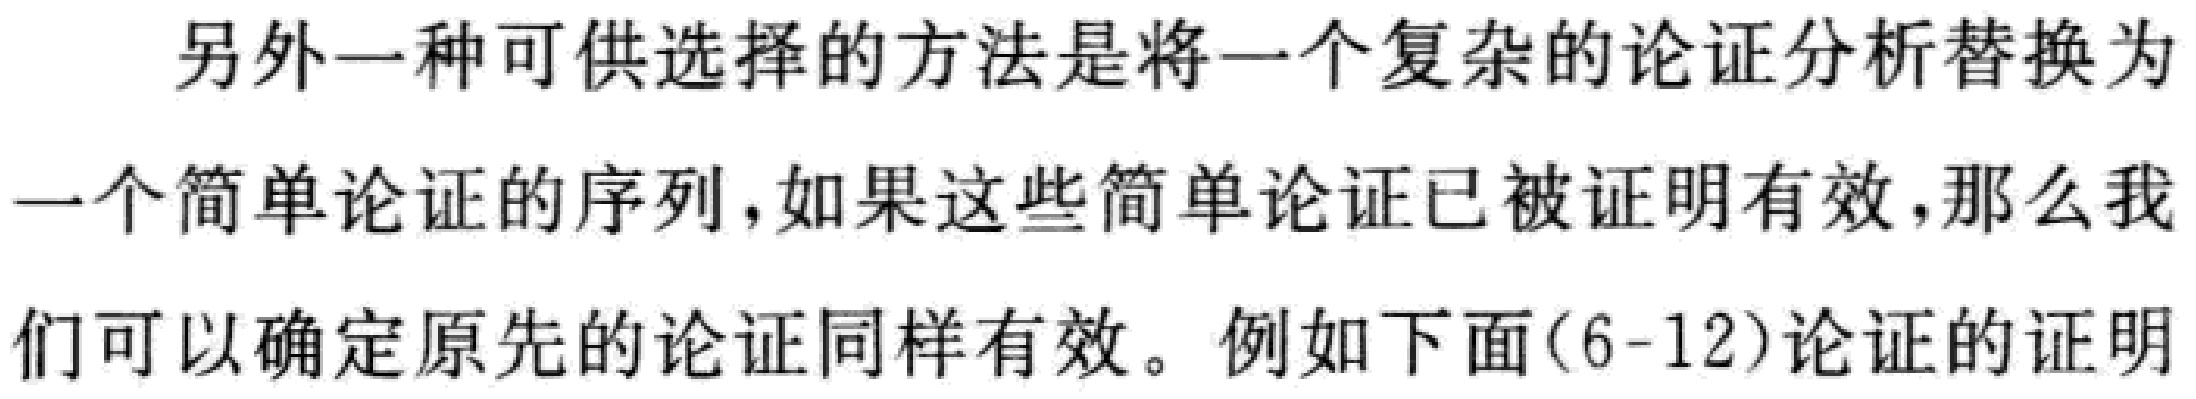
另外一种可供选择的方法是将一个复杂的论证分析替换为一个简单论证的序列，如果这些简单论证已被证明有效，那么我们可以确定原先的论证同样有效。例如下面(6-12)论证的证明